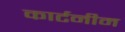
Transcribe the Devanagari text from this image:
कार्टनीम